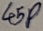
Text: 45P